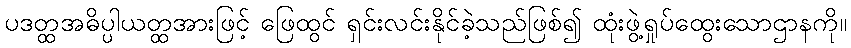
ပဒတ္ထအဓိပ္ပါယတ္ထအားဖြင့် ဖြေထွင် ရှင်းလင်းနိုင်ခဲ့သည်ဖြစ်၍ ထုံးဖွဲ့ရှုပ်ထွေးသောဌာနကို။